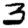
Digit: 3